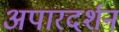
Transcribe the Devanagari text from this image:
अपारदर्शन